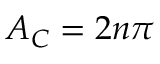
A _ { C } = 2 n \pi